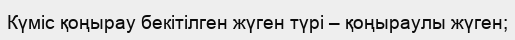
Күміс қоңырау бекітілген жүген түрі – қоңыраулы жүген;